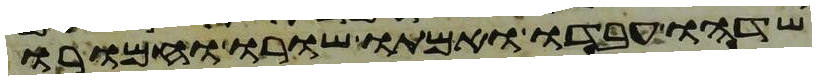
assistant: שדהו עבדו ואמתו שורו וחמורו